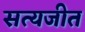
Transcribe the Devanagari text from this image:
सत्‍यजीत